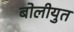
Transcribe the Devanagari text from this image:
बोलीयुत